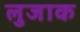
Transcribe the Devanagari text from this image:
लुजाक